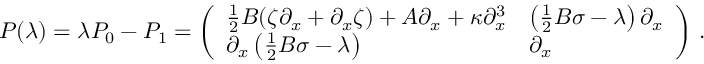
P ( \lambda ) = \lambda P _ { 0 } - P _ { 1 } = \left( \begin{array} { l l } { \frac 1 2 B ( \zeta \partial _ { x } + \partial _ { x } \zeta ) + A \partial _ { x } + \kappa \partial _ { x } ^ { 3 } } & { \left( \frac 1 2 B \sigma - \lambda \right) \partial _ { x } } \\ { \partial _ { x } \left( \frac 1 2 B \sigma - \lambda \right) } & { \partial _ { x } } \end{array} \right) \, .